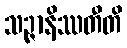
သဉ္ဇာနိဿတီတိ